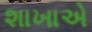
શાખાએ